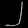
Digit: ၂